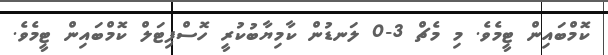
ކޮމްބައިން ޓީމެވެ. މި މެޗް 3-0 ލަނޑުން ކާމިޔާބުކުރީ ހޮސްޕިޓަލް ކޮމްބައިން ޓީމެވެ.